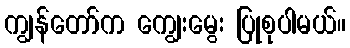
ကျွန်တော်က ကျွေးမွေး ပြုစုပါမယ်။